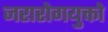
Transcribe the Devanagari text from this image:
जरारोगयुक्तो